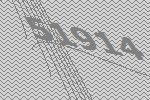
51914